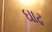
ઘાઢ